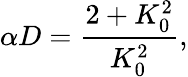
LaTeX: \alpha D=\frac{2+K_{0}^{2}}{K_{0}^{2}},